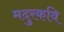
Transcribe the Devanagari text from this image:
मदुरकवि